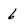
Character: 6